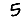
Digit: 5